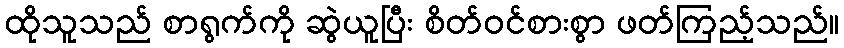
ထိုသူသည် စာရွက်ကို ဆွဲယူပြီး စိတ်ဝင်စားစွာ ဖတ်ကြည့်သည်။